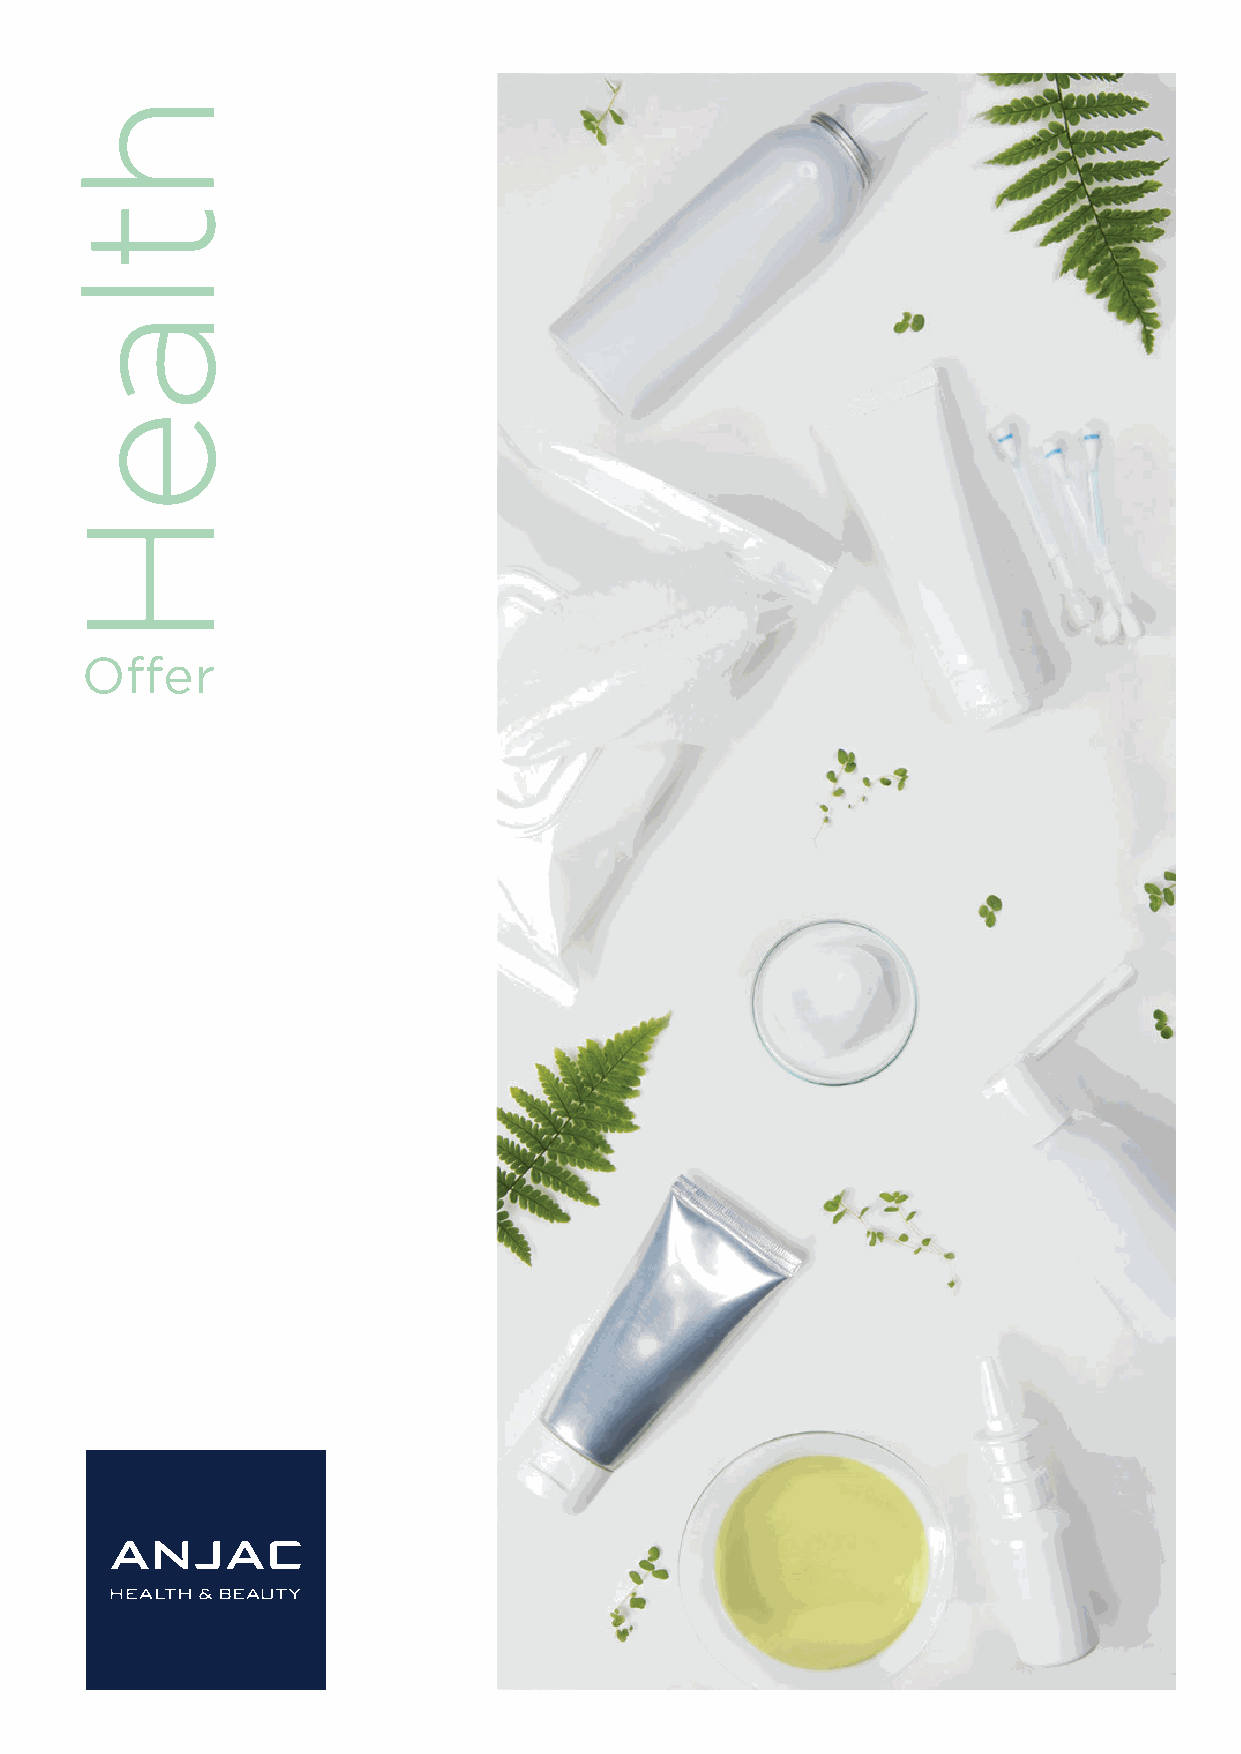
Liquids, semi-solids, Impregnated products Gel, emulsion, oil, Ingredients, liquid Gel, emulsion, oil, lotion, Gel, emulsion,
 pastes for topical (wipes, pads, sheet masks, stick, lotion formulation for food alcoholic solution, solvent oil, lotion
 or oral use** applistick) supplements, food,
 Technologies
 phytosanitary and pet care
 Aerosol
 Airless
 Appli-sticks
 Bottle / tottle
 Bulbs
 Foamer
 Jars / pot
 Metered dose spray /
 pump spray
 Sheet masks
 Spray bag on valve
 Stick top and back filling
 Tubes Alu / Plastic / Laminate, Alu / Plastic / Laminate, Plastic, Round Plastic / Laminate, Round Alu / Plastic / Laminate, Round
 Round Round / Oval
 Wipes & pads
 Boxing
 Offer
 Cello wrapping
 Flowpack
 Kitting
 Labelling Tamper evident
 Serialization
 Shrink band
 Blow mold extrusion
 Injection
 Accreditations
 ATEX Only in insect repellent area
 ISO 9001
 FDA MD 510K
 ANVISA
 ISO 22716
 ISO 13485
 Label "allergies"
 IFS HPC Major
 Cosmos organic / natural
 Ecocert
 USDA Organic
 NOP LAB
 ISO 14001
 Ecovadis Silver Silver
 BS OSHAS 18001
 SWAN LABEL
 FSC
 BRA MILJÖVAL
 ** Also available : portfolio for licensing out April 2021
 ANJAC
 15 rue de la banque 75002 Paris – France
 anjac-healthandbeauty.com
 SSEEIIGGOOLLOONNHHCCEETT
 GGNNIILLLLIIFF
 &&
 TTAAMMRROOFF
 ..DDOORRPP
 ..KKCCAAPP
 &&
 GGNNIIKKCCAAPP
 YYTTIIRRUUCCEESS
 //
 DD&&RR
 //
 YYTTIILLAAUUQQ
 CCIINNAAGGRROO
 RRSSCC
 htlaeH